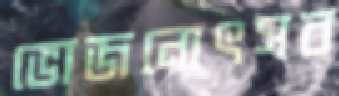
ভোজনোৎসব